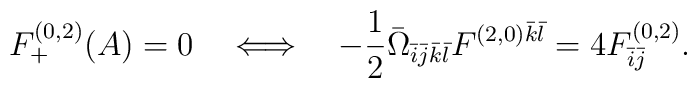
F^{(0,2)}_{+}(A)=0\quad\Longleftrightarrow\quad-\frac{1}{2}\bar{\Omega}_{\bar{i}\bar{j}\bar{k}\bar{l}}F^{(2,0)\bar{k}\bar{l}}=4F^{(0,2)}_{\bar{i}\bar{j}}.